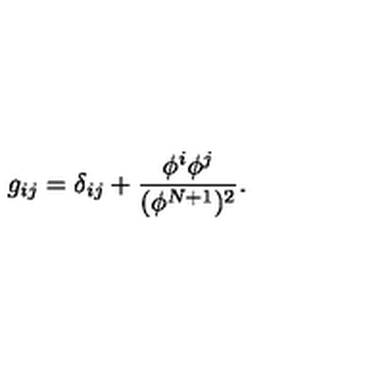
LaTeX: g _ { i j } = \delta _ { i j } + \frac { \phi ^ { i } \phi ^ { j } } { ( \phi ^ { N + 1 } ) ^ { 2 } } .